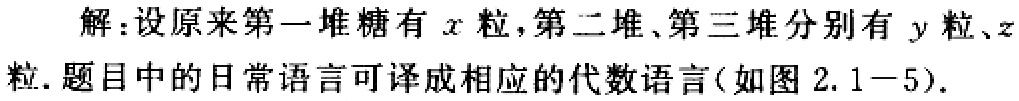
解：设原来第一堆糖有\(x\)粒，第二堆、第三堆分别有\(y\)粒、\(z\)粒. 题目中的日常语言可译成相应的代数语言(如图2.1 - 5).